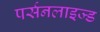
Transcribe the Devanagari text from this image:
पर्सनलाइज्ड